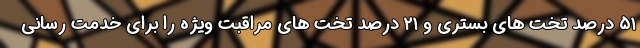
۵۱ درصد تخت های بستری و ۲۱ درصد تخت های مراقبت ویژه را برای خدمت رسانی